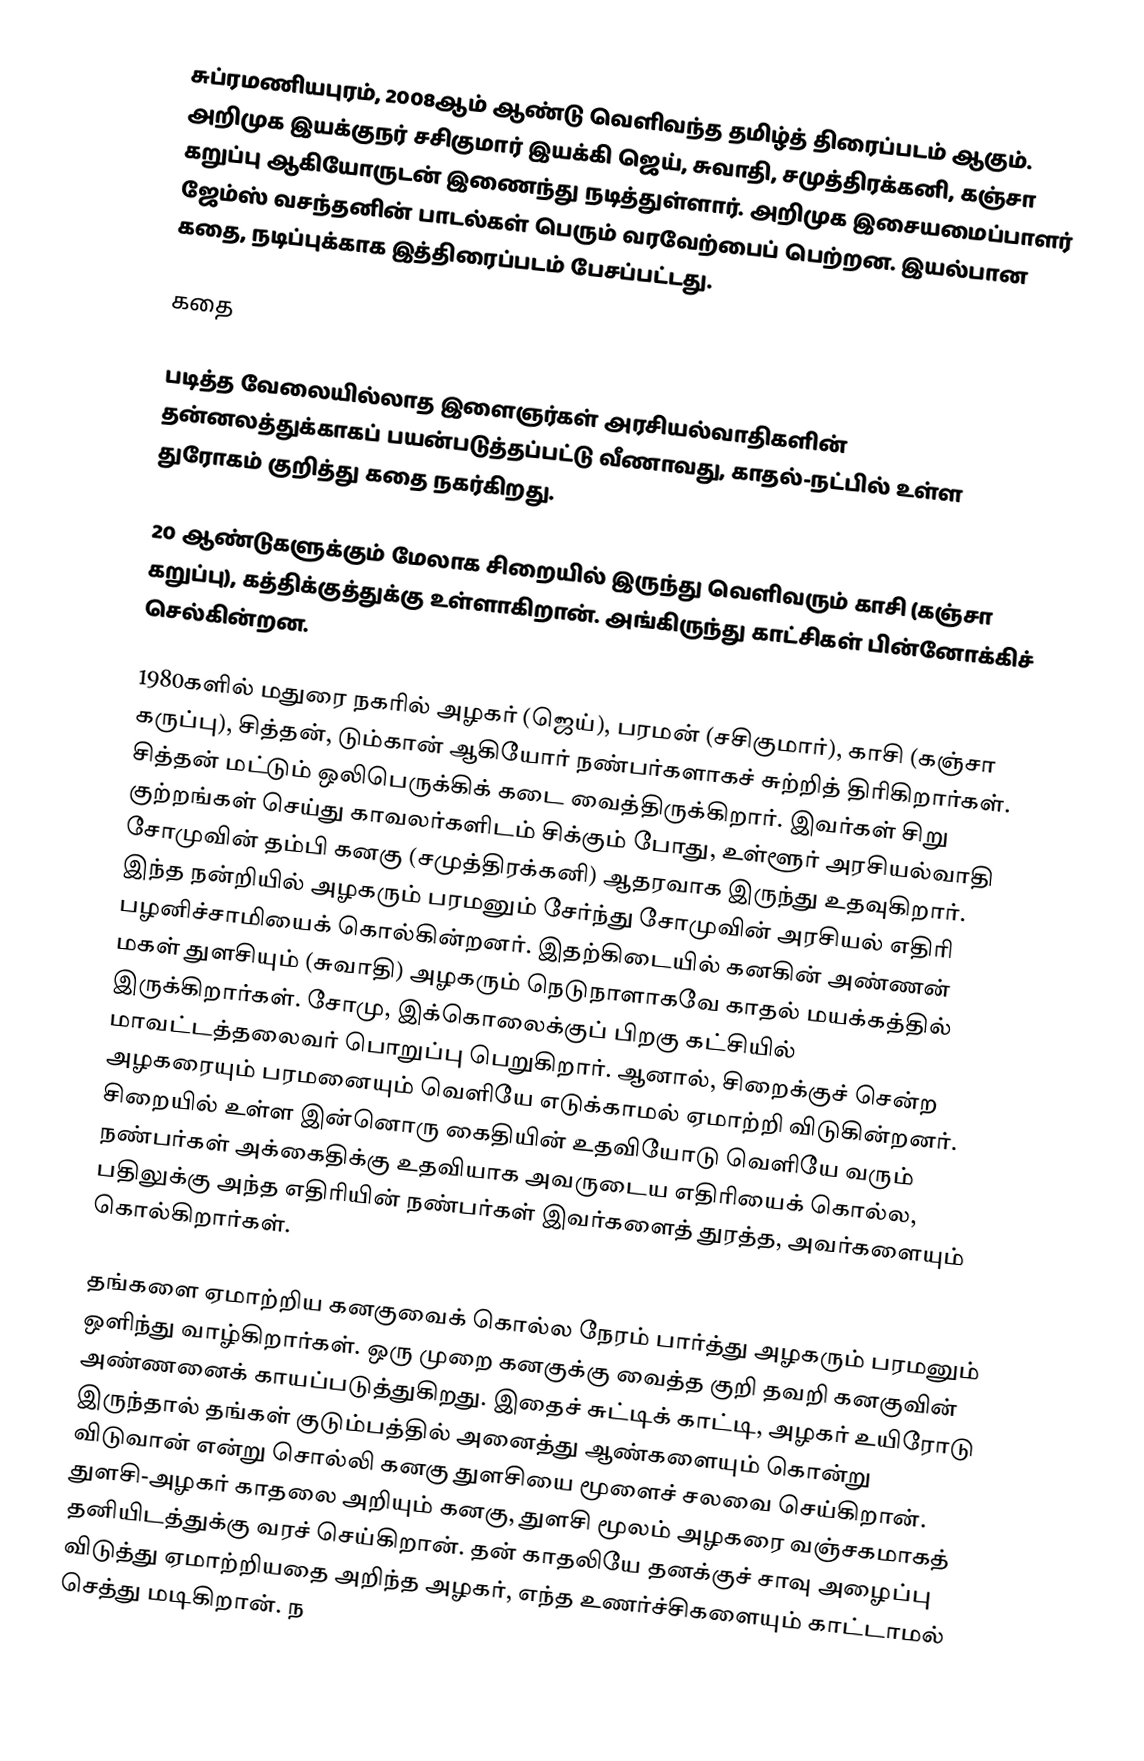
சுப்ரமணியபுரம், 2008ஆம் ஆண்டு வெளிவந்த தமிழ்த் திரைப்படம் ஆகும். அறிமுக இயக்குநர் சசிகுமார் இயக்கி ஜெய், சுவாதி, சமுத்திரக்கனி, கஞ்சா கறுப்பு ஆகியோருடன் இணைந்து நடித்துள்ளார். அறிமுக இசையமைப்பாளர் ஜேம்ஸ் வசந்தனின் பாடல்கள் பெரும் வரவேற்பைப் பெற்றன. இயல்பான கதை, நடிப்புக்காக இத்திரைப்படம் பேசப்பட்டது.

கதை

படித்த வேலையில்லாத இளைஞர்கள் அரசியல்வாதிகளின் தன்னலத்துக்காகப் பயன்படுத்தப்பட்டு வீணாவது, காதல்-நட்பில் உள்ள துரோகம் குறித்து கதை நகர்கிறது.

20 ஆண்டுகளுக்கும் மேலாக சிறையில் இருந்து வெளிவரும் காசி (கஞ்சா கறுப்பு), கத்திக்குத்துக்கு உள்ளாகிறான். அங்கிருந்து காட்சிகள் பின்னோக்கிச் செல்கின்றன.

1980களில் மதுரை நகரில் அழகர் (ஜெய்), பரமன் (சசிகுமார்), காசி (கஞ்சா கருப்பு), சித்தன், டும்கான் ஆகியோர் நண்பர்களாகச் சுற்றித் திரிகிறார்கள். சித்தன் மட்டும் ஒலிபெருக்கிக் கடை வைத்திருக்கிறார். இவர்கள் சிறு குற்றங்கள் செய்து காவலர்களிடம் சிக்கும் போது, உள்ளூர் அரசியல்வாதி சோமுவின் தம்பி கனகு (சமுத்திரக்கனி) ஆதரவாக இருந்து உதவுகிறார். இந்த நன்றியில் அழகரும் பரமனும் சேர்ந்து சோமுவின் அரசியல் எதிரி பழனிச்சாமியைக் கொல்கின்றனர். இதற்கிடையில் கனகின் அண்ணன் மகள் துளசியும் (சுவாதி) அழகரும் நெடுநாளாகவே காதல் மயக்கத்தில் இருக்கிறார்கள். சோமு, இக்கொலைக்குப் பிறகு கட்சியில் மாவட்டத்தலைவர் பொறுப்பு பெறுகிறார். ஆனால், சிறைக்குச் சென்ற அழகரையும் பரமனையும் வெளியே எடுக்காமல் ஏமாற்றி விடுகின்றனர். சிறையில் உள்ள இன்னொரு கைதியின் உதவியோடு வெளியே வரும் நண்பர்கள் அக்கைதிக்கு உதவியாக அவருடைய எதிரியைக் கொல்ல, பதிலுக்கு அந்த எதிரியின் நண்பர்கள் இவர்களைத் துரத்த, அவர்களையும் கொல்கிறார்கள்.

தங்களை ஏமாற்றிய கனகுவைக் கொல்ல நேரம் பார்த்து அழகரும் பரமனும் ஒளிந்து வாழ்கிறார்கள். ஒரு முறை கனகுக்கு வைத்த குறி தவறி கனகுவின் அண்ணனைக் காயப்படுத்துகிறது. இதைச் சுட்டிக் காட்டி, அழகர் உயிரோடு இருந்தால் தங்கள் குடும்பத்தில் அனைத்து ஆண்களையும் கொன்று விடுவான் என்று சொல்லி கனகு துளசியை மூளைச் சலவை செய்கிறான். துளசி-அழகர் காதலை அறியும் கனகு, துளசி மூலம் அழகரை வஞ்சகமாகத் தனியிடத்துக்கு வரச் செய்கிறான். தன் காதலியே தனக்குச் சாவு அழைப்பு விடுத்து ஏமாற்றியதை அறிந்த அழகர், எந்த உணர்ச்சிகளையும் காட்டாமல் செத்து மடிகிறான். ந